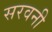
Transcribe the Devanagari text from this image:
सरवनी